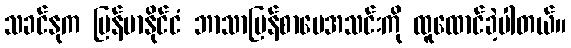
သခင်နုက မြန်မာနိုင်ငံ ဘာသာပြန်စာပေအသင်းကို ထူထောင်ခဲ့ပါတယ်။